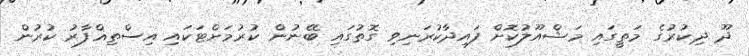
ދޫ ޛިކުރުގެ މަތީގައި މަޝްއޫލުކޮށް ފައިދާކުރަނިވި ގޮތުގައި ބޭނުން ކުރުމަށްޓަކައި އިސްތިޣްފާރު ކުރުން